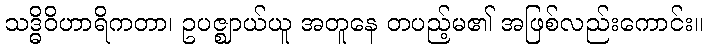
သဒ္ဓိဝိဟာရိကတာ၊ ဥပဇ္ဈာယ်ယူ အတူနေ တပည့်မ၏ အဖြစ်လည်းကောင်း။